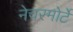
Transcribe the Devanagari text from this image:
नेचरमोर्टे